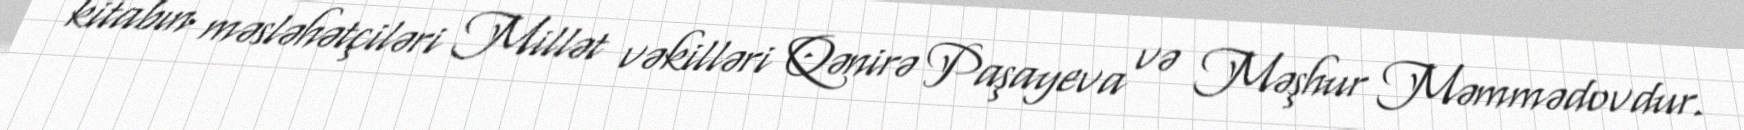
kitabın məsləhətçiləri Millət vəkilləri Qənirə Paşayeva və Məşhur Məmmədovdur.